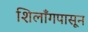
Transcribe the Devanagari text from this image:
शिलाँगपासून